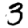
Digit: 3